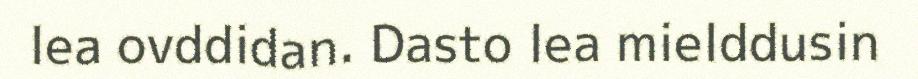
lea ovddidan. Dasto lea mielddusin